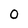
Character: 0